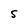
Character: S